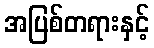
အပြစ်တရားနှင့်